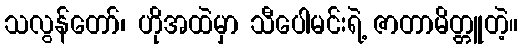
သလွန်တော်၊ ဟိုအထဲမှာ သီပေါမင်းရဲ့ ဇာတာမိတ္တူတဲ့။